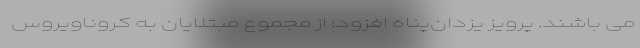
می باشند. پرویز یزدان‌پناه افزود: از مجموع مبتلایان به کروناویروس